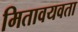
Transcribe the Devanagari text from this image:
मितावयवता